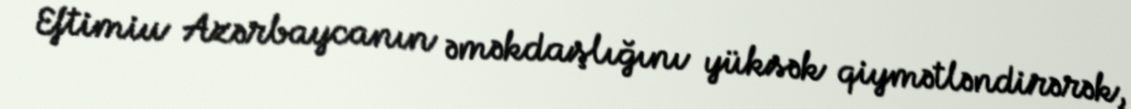
Eftimiu Azərbaycanın əməkdaşlığını yüksək qiymətləndirərək,